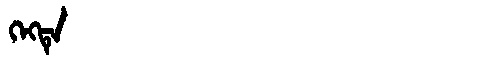
Manchu: ᡴᡝᡴᡨᡝ
Romanization: KEKTE